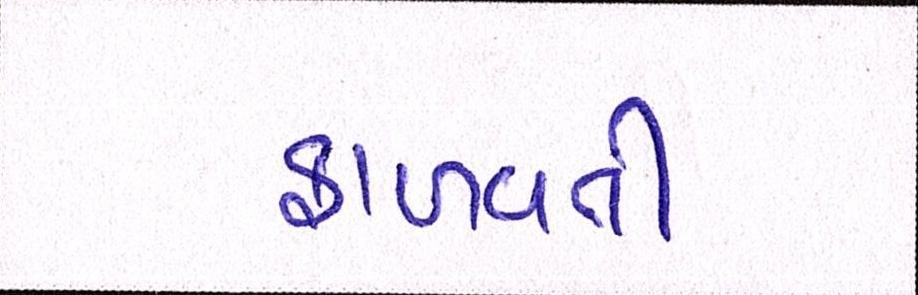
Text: ફાળવતી